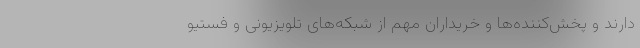
دارند و پخش‌کننده‌ها و خریداران مهم از شبکه‌های تلویزیونی و فستیو